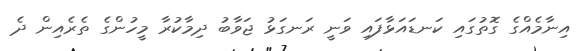
އިނާމެއްގެ ގޮތުގައި ކަނޑައަޅާފައި ވަނީ ރަނގަޅު ޖަވާބު ދިމާކުރާ މީހުންގެ ތެރެއިން ދެ